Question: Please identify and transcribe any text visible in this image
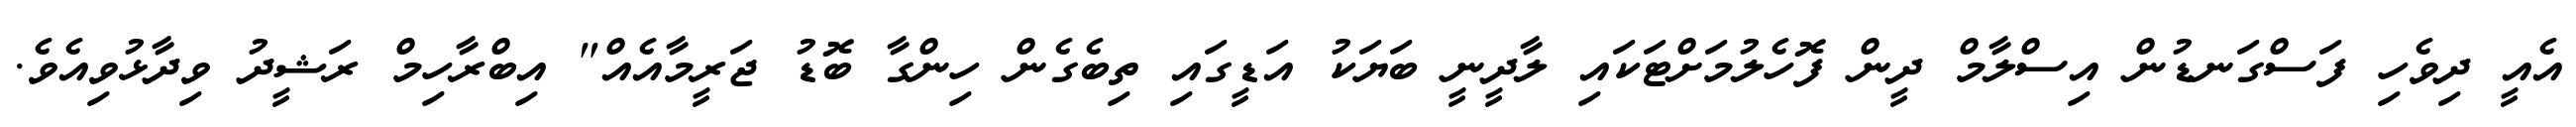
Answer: އެއީ ދިވެހި ފަސްގަނޑުން އިސްލާމް ދީން ފޮހެލުމަށްޓަކައި ލާދީނީ ބަޔަކު އަޑީގައި ތިބެގެން ހިންގާ ބޮޑު ޖަރީމާއެއް" އިބްރާހިމް ރަޝީދު ވިދާޅުވިއެވެ.